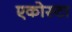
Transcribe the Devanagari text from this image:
एकोस्टा